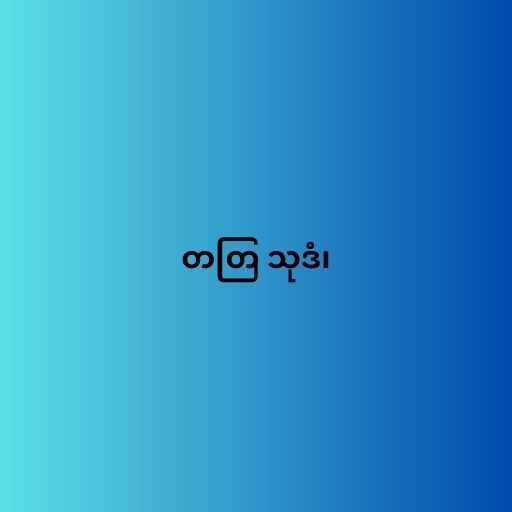
တတြ သုဒံ၊